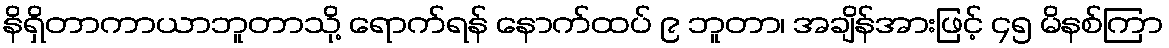
နိရှိတာကာယာဘူတာသို့ ရောက်ရန် နောက်ထပ် ၉ ဘူတာ၊ အချိန်အားဖြင့် ၄၅ မိနစ်ကြာ